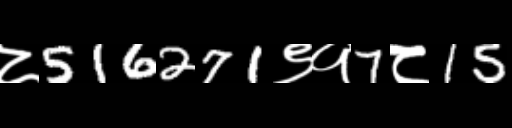
Text: ८516271९१7८15